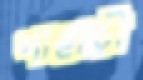
পাহাড়ী